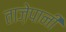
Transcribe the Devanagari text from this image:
ताज़ेपानी